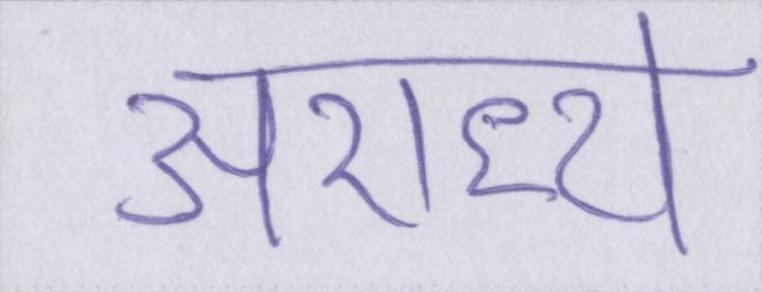
अराध्य